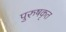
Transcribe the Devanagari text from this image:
पुरुषकृत